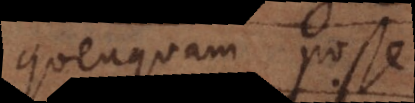
quenquam posse